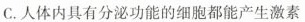
C.人体内具有分泌功能的细胞都能产生激素